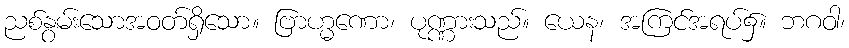
ညစ်နွမ်းသောအဝတ်ရှိသော။ ဗြာဟ္မဏော၊ ပုဏ္ဏားသည်။ ယေန၊ အကြင်အရပ်၌။ ဘဂဝါ၊